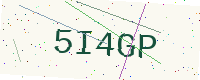
Text: 5I4GP